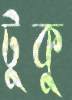
টুকু